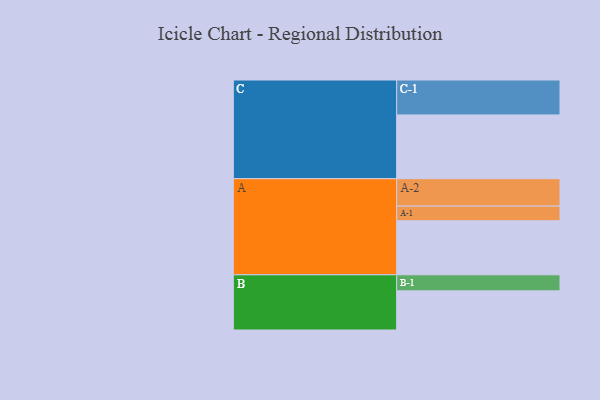
{"axis": {"x": "Segment", "y": "Value"}, "legend": ["", "A", "B", "C"], "data": [{"x": "A", "y": 424, "type": ""}, {"x": "B", "y": 307, "type": ""}, {"x": "C", "y": 500, "type": ""}, {"x": "A-1", "y": 115, "type": "A"}, {"x": "A-2", "y": 215, "type": "A"}, {"x": "B-1", "y": 126, "type": "B"}, {"x": "C-1", "y": 274, "type": "C"}]}